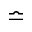
\bumpeq